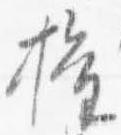
権